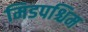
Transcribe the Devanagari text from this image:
मिडपश्चिम